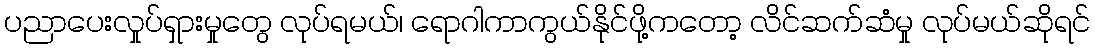
ပညာပေးလှုပ်ရှားမှုတွေ လုပ်ရမယ်၊ ရောဂါကာကွယ်နိုင်ဖို့ကတော့ လိင်ဆက်ဆံမှု လုပ်မယ်ဆိုရင်